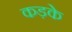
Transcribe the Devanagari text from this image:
कड़के